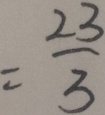
= \frac { 2 3 } { 3 }